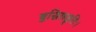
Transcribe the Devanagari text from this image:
बुद्धिरहङ्कृतिः।